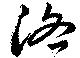
洛